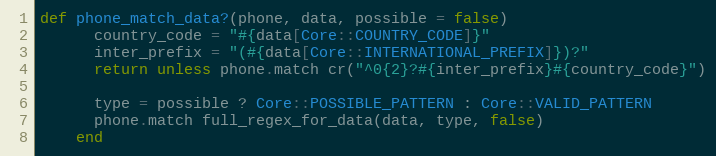
Language: Ruby
def phone_match_data?(phone, data, possible = false)
      country_code = "#{data[Core::COUNTRY_CODE]}"
      inter_prefix = "(#{data[Core::INTERNATIONAL_PREFIX]})?"
      return unless phone.match cr("^0{2}?#{inter_prefix}#{country_code}")

      type = possible ? Core::POSSIBLE_PATTERN : Core::VALID_PATTERN
      phone.match full_regex_for_data(data, type, false)
    end